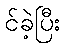
င်ခဲ့ပြီး